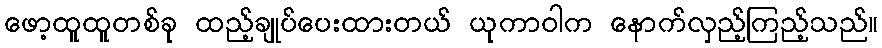
ဖော့ထူထူတစ်ခု ထည့်ချုပ်ပေးထားတယ် ယုကာဝါက နောက်လှည့်ကြည့်သည်။